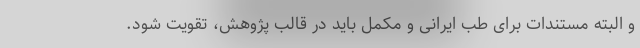
و البته مستندات برای طب ایرانی و مکمل باید در قالب پژوهش، تقویت شود.